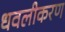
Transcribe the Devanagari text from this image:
धवलीकरण